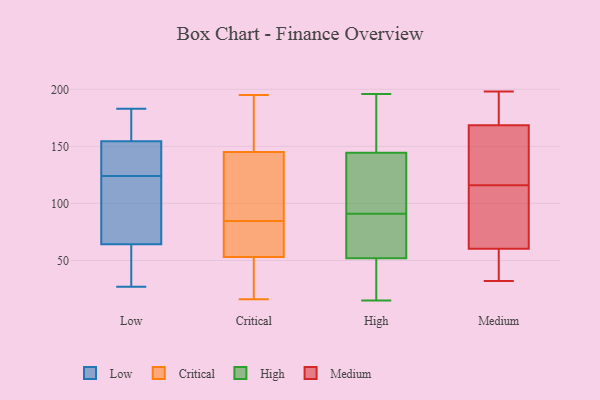
{"axis": {"x": "Satisfaction Score", "y": "Value"}, "legend": ["Critical", "High", "Low", "Medium"], "data": [{"x": "", "y": 157, "type": "Low"}, {"x": "", "y": 40, "type": "Low"}, {"x": "", "y": 27, "type": "Low"}, {"x": "", "y": 144, "type": "Low"}, {"x": "", "y": 124, "type": "Low"}, {"x": "", "y": 108, "type": "Low"}, {"x": "", "y": 163, "type": "Low"}, {"x": "", "y": 183, "type": "Low"}, {"x": "", "y": 147, "type": "Low"}, {"x": "", "y": 80, "type": "Low"}, {"x": "", "y": 59, "type": "Low"}, {"x": "", "y": 53, "type": "Critical"}, {"x": "", "y": 52, "type": "Critical"}, {"x": "", "y": 89, "type": "Critical"}, {"x": "", "y": 123, "type": "Critical"}, {"x": "", "y": 195, "type": "Critical"}, {"x": "", "y": 79, "type": "Critical"}, {"x": "", "y": 77, "type": "Critical"}, {"x": "", "y": 29, "type": "Critical"}, {"x": "", "y": 54, "type": "Critical"}, {"x": "", "y": 145, "type": "Critical"}, {"x": "", "y": 182, "type": "Critical"}, {"x": "", "y": 16, "type": "Critical"}, {"x": "", "y": 80, "type": "Critical"}, {"x": "", "y": 122, "type": "Critical"}, {"x": "", "y": 47, "type": "Critical"}, {"x": "", "y": 115, "type": "Critical"}, {"x": "", "y": 159, "type": "Critical"}, {"x": "", "y": 177, "type": "Critical"}, {"x": "", "y": 51, "type": "High"}, {"x": "", "y": 184, "type": "High"}, {"x": "", "y": 115, "type": "High"}, {"x": "", "y": 184, "type": "High"}, {"x": "", "y": 174, "type": "High"}, {"x": "", "y": 72, "type": "High"}, {"x": "", "y": 63, "type": "High"}, {"x": "", "y": 15, "type": "High"}, {"x": "", "y": 91, "type": "High"}, {"x": "", "y": 51, "type": "High"}, {"x": "", "y": 117, "type": "High"}, {"x": "", "y": 55, "type": "High"}, {"x": "", "y": 23, "type": "High"}, {"x": "", "y": 99, "type": "High"}, {"x": "", "y": 25, "type": "High"}, {"x": "", "y": 134, "type": "High"}, {"x": "", "y": 196, "type": "High"}, {"x": "", "y": 148, "type": "High"}, {"x": "", "y": 60, "type": "High"}, {"x": "", "y": 140, "type": "Medium"}, {"x": "", "y": 113, "type": "Medium"}, {"x": "", "y": 176, "type": "Medium"}, {"x": "", "y": 39, "type": "Medium"}, {"x": "", "y": 32, "type": "Medium"}, {"x": "", "y": 158, "type": "Medium"}, {"x": "", "y": 183, "type": "Medium"}, {"x": "", "y": 52, "type": "Medium"}, {"x": "", "y": 106, "type": "Medium"}, {"x": "", "y": 80, "type": "Medium"}, {"x": "", "y": 191, "type": "Medium"}, {"x": "", "y": 116, "type": "Medium"}, {"x": "", "y": 125, "type": "Medium"}, {"x": "", "y": 76, "type": "Medium"}, {"x": "", "y": 55, "type": "Medium"}, {"x": "", "y": 167, "type": "Medium"}, {"x": "", "y": 45, "type": "Medium"}, {"x": "", "y": 169, "type": "Medium"}, {"x": "", "y": 198, "type": "Medium"}]}